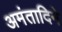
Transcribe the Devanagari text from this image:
अमंतादिने